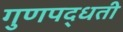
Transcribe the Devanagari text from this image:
गुणपद्धती